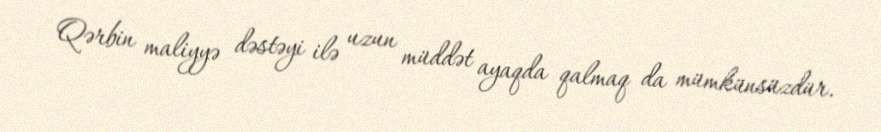
Qərbin maliyyə dəstəyi ilə uzun müddət ayaqda qalmaq da mümkünsüzdür.